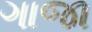
ગાજા